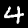
Digit: 4